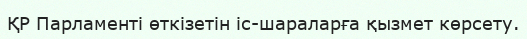
ҚР Парламенті өткізетін іс-шараларға қызмет көрсету.